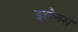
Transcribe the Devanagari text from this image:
इलेनस